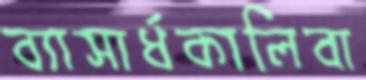
ব্যাসার্ধকালিবা